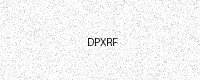
Text: DPXRF